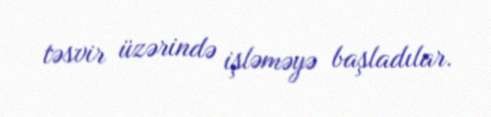
təsvir üzərində işləməyə başladılar.